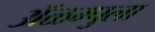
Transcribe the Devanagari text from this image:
ॲळम्पुला